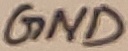
Text: GND